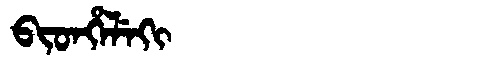
Manchu: ᠪᡳᡨᡥᡝᠯᡝᡴᡳ
Romanization: BITHELEKI